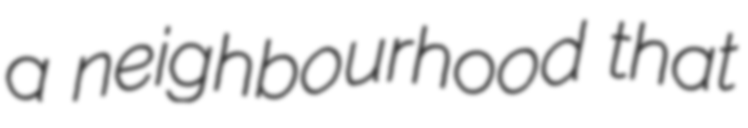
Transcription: a neighbourhood that